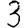
Digit: 3